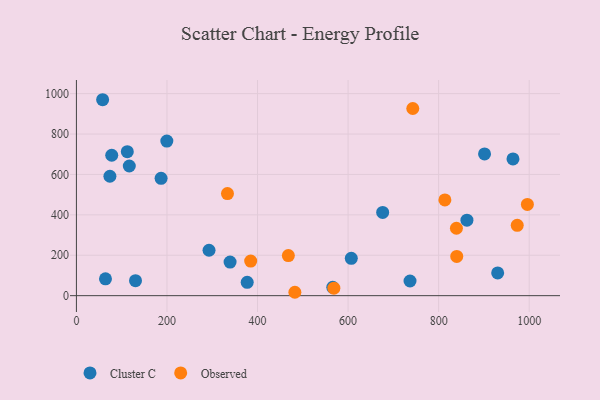
{"axis": {"x": "Investment", "y": "Profit"}, "legend": ["Cluster C", "Observed"], "data": [{"x": "116.8", "y": 641.8, "type": "Cluster C"}, {"x": "862.5", "y": 373.5, "type": "Cluster C"}, {"x": "339.4", "y": 166.3, "type": "Cluster C"}, {"x": "607.1", "y": 184.8, "type": "Cluster C"}, {"x": "130.5", "y": 74.0, "type": "Cluster C"}, {"x": "566.2", "y": 41.5, "type": "Cluster C"}, {"x": "292.9", "y": 224.7, "type": "Cluster C"}, {"x": "78.0", "y": 695.1, "type": "Cluster C"}, {"x": "930.4", "y": 112.4, "type": "Cluster C"}, {"x": "74.0", "y": 591.2, "type": "Cluster C"}, {"x": "187.0", "y": 580.7, "type": "Cluster C"}, {"x": "901.4", "y": 701.5, "type": "Cluster C"}, {"x": "199.7", "y": 765.0, "type": "Cluster C"}, {"x": "964.2", "y": 676.7, "type": "Cluster C"}, {"x": "112.4", "y": 712.8, "type": "Cluster C"}, {"x": "377.2", "y": 65.9, "type": "Cluster C"}, {"x": "736.8", "y": 72.6, "type": "Cluster C"}, {"x": "676.4", "y": 411.9, "type": "Cluster C"}, {"x": "64.2", "y": 83.3, "type": "Cluster C"}, {"x": "57.9", "y": 969.9, "type": "Cluster C"}, {"x": "333.6", "y": 505.4, "type": "Observed"}, {"x": "384.9", "y": 171.3, "type": "Observed"}, {"x": "568.6", "y": 37.3, "type": "Observed"}, {"x": "482.5", "y": 16.8, "type": "Observed"}, {"x": "839.3", "y": 333.8, "type": "Observed"}, {"x": "813.8", "y": 474.1, "type": "Observed"}, {"x": "468.1", "y": 198.4, "type": "Observed"}, {"x": "840.0", "y": 194.5, "type": "Observed"}, {"x": "996.0", "y": 451.6, "type": "Observed"}, {"x": "742.9", "y": 926.5, "type": "Observed"}, {"x": "973.6", "y": 348.2, "type": "Observed"}]}